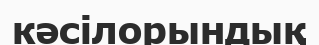
кәсілорындық